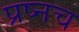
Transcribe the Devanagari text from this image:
प्रष्नच